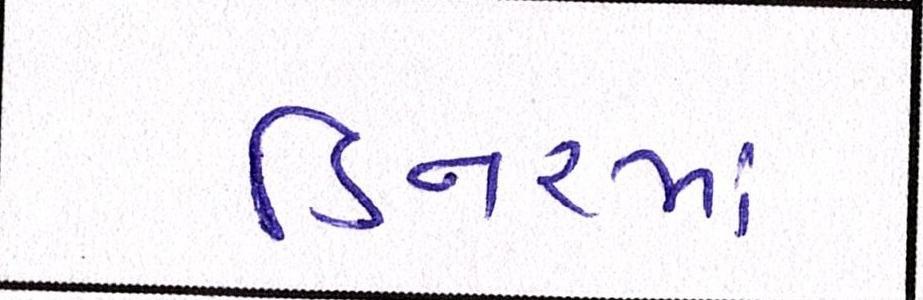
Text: ડિનરમાં